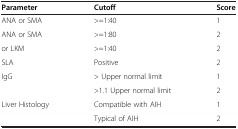
<table><thead><tr><td><b>Parameter</b></td><td><b>Cutoff</b></td><td><b>Score</b></td></tr></thead><tbody><tr><td>ANA or SMA</td><td>&gt;=1:40</td><td>1</td></tr><tr><td>ANA or SMA</td><td>&gt;=1:80</td><td>2</td></tr><tr><td>or LKM</td><td>&gt;=1:40</td><td>2</td></tr><tr><td>SLA</td><td>Positive</td><td>2</td></tr><tr><td rowspan="2">IgG</td><td>&gt; Upper normal limit</td><td>1</td></tr><tr><td>&gt;1.1 Upper normal limit</td><td>2</td></tr><tr><td>Liver Histology</td><td>Compatible with AIH</td><td>1</td></tr><tr><td> </td><td>Typical of AIH</td><td>2</td></tr></tbody></table>